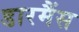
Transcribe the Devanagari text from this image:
डारमैंस